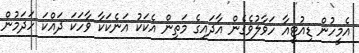
އެމީހުން ޑިއުޓީއާ ހަވާލުވެގެން އާދައިގެ މަތިން އެކަކު އަނެކަކާ ވާހަކަ ދައްކަ ހަދަމުން